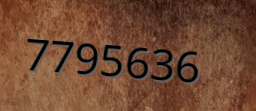
7795636